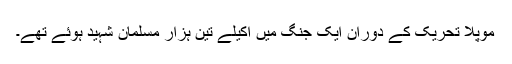
موپلا تحریک کے دوران ایک جنگ میں اکیلے تین ہزار مسلمان شہید ہوئے تھے۔